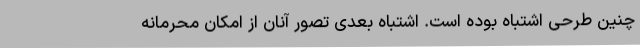
چنین طرحی اشتباه بوده است. اشتباه بعدی تصور آنان از امکان محرمانه